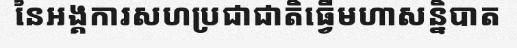
នៃអង្គការសហប្រជាជាតិធ្វើមហាសន្និបាត